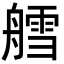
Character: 艝